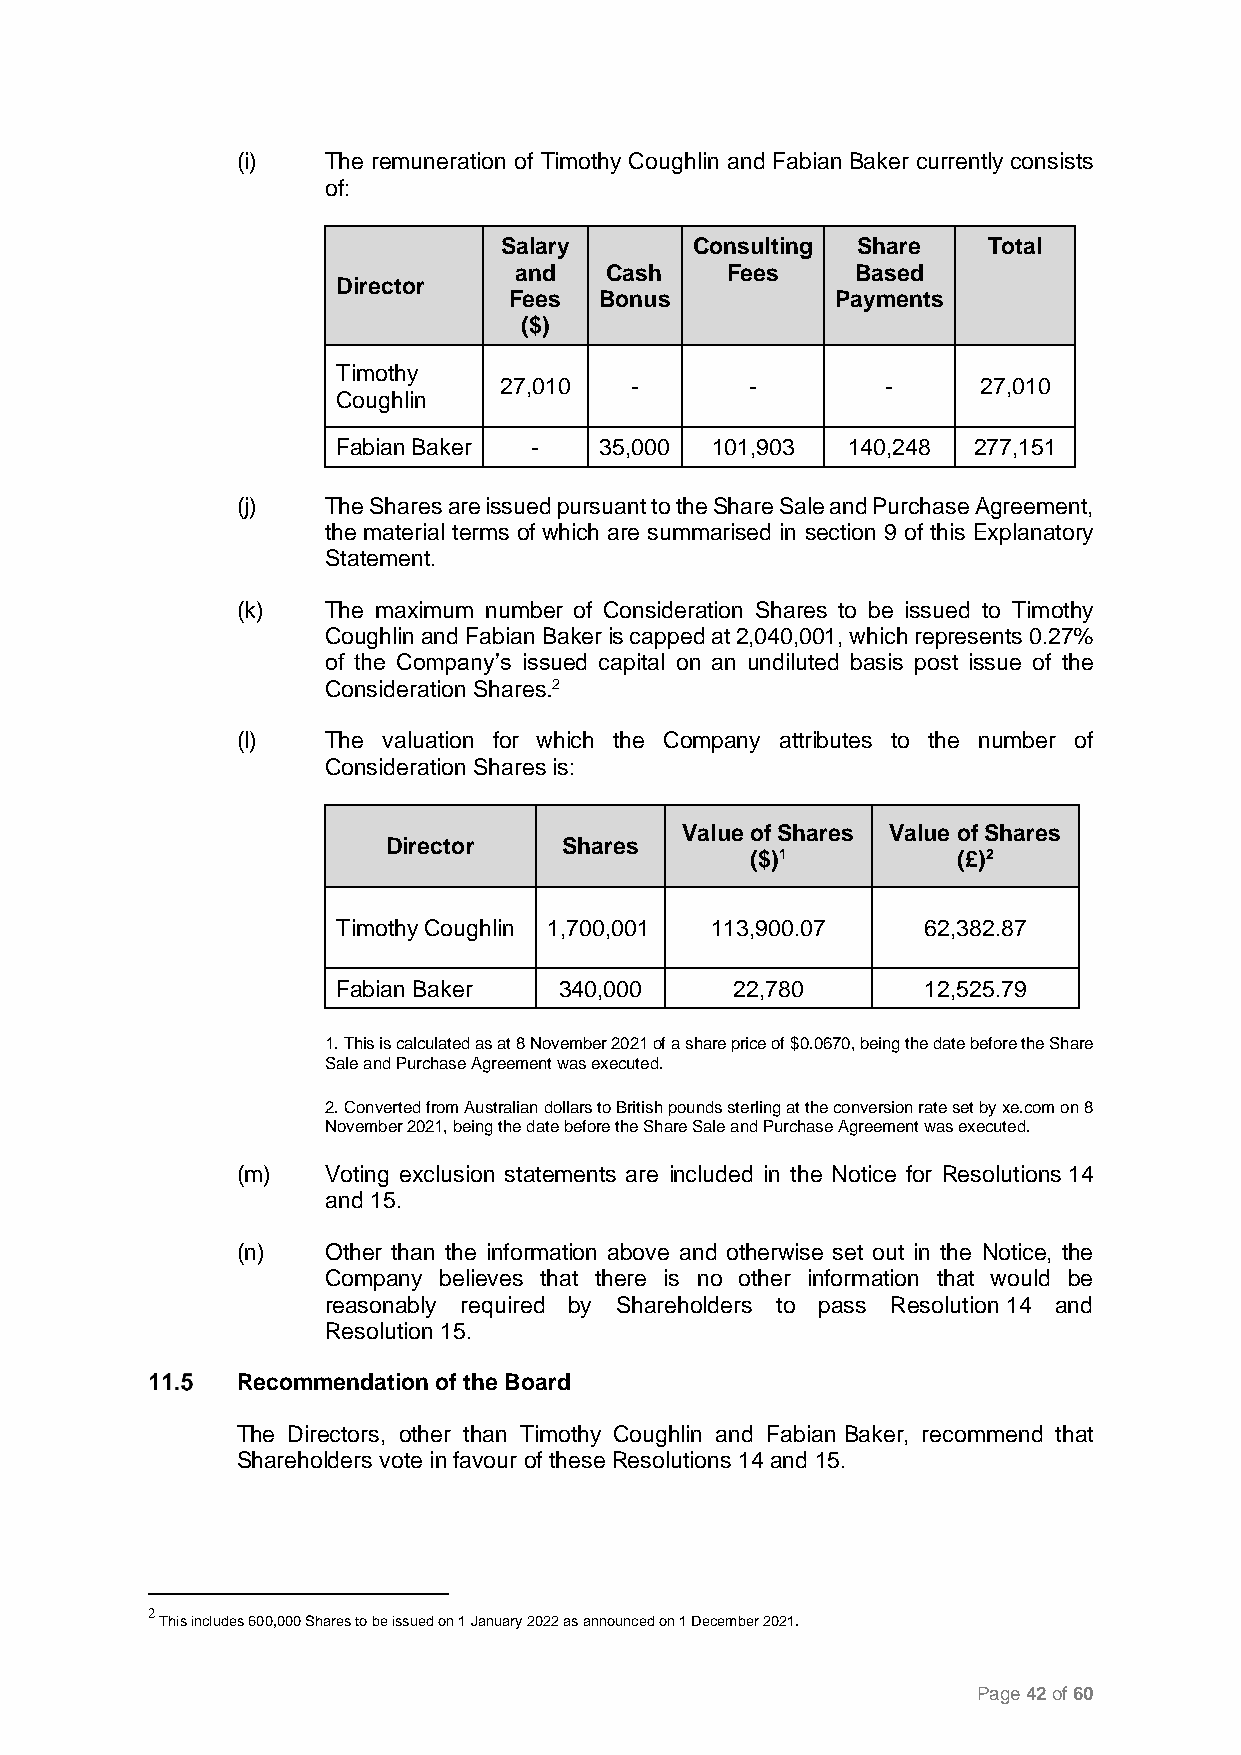
(i)   The remuneration of Timothy Coughlin and Fabian Baker currently consists
 of:
 Salary       Consulting Share   Total
 and   Cash    Fees     Based
 Director
 Fees  Bonus          Payments
 ($)
 Timothy
 27,010   -       -        -     27,010
 Coughlin
 Fabian Baker -    35,000 101,903  140,248 277,151
 (j)   The Shares are issued pursuant to the Share Sale and Purchase Agreement,
 the material terms of which are summarised in section 9 of this Explanatory
 Statement.
 (k)   The maximum number of Consideration Shares to be issued to Timothy
 Coughlin and Fabian Baker is capped at 2,040,001, which represents 0.27%
 of the Company’s issued capital on an undiluted basis post issue of the
 Consideration Shares.2
 (l)   The valuation for which the Company attributes to the number of
 Consideration Shares is:
 Value of Shares Value of Shares
 Director   Shares
 ($)1         (£)2
 Timothy Coughlin 1,700,001 113,900.07  62,382.87
 Fabian Baker   340,000     22,780      12,525.79
 1. This is calculated as at 8 November 2021 of a share price of $0.0670, being the date before the Share
 Sale and Purchase Agreement was executed.
 2. Converted from Australian dollars to British pounds sterling at the conversion rate set by xe.com on 8
 November 2021, being the date before the Share Sale and Purchase Agreement was executed.
 (m)   Voting exclusion statements are included in the Notice for Resolutions 14
 and 15.
 (n)   Other than the information above and otherwise set out in the Notice, the
 Company believes that there is no other information that would be
 reasonably required by Shareholders to pass Resolution 14 and
 Resolution 15.
 Recommendation of the Board
 The Directors, other than Timothy Coughlin and Fabian Baker, recommend that
 Shareholders vote in favour of these Resolutions 14 and 15.
 2
 This includes 600,000 Shares to be issued on 1 January 2022 as announced on 1 December 2021.
 Page 42 of 60